Report on vaccination in the Province of Bengal - 1874-1889
Year: 1874
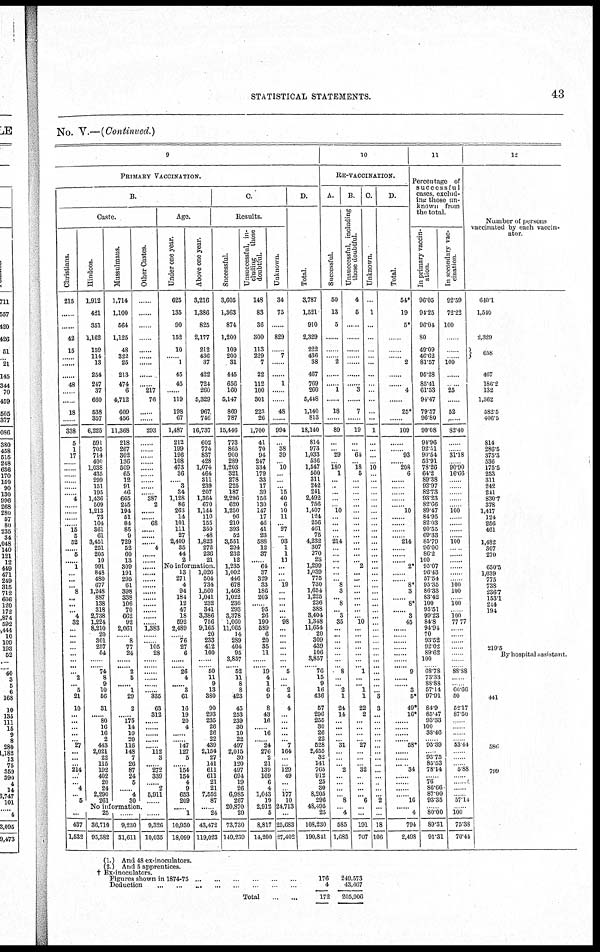
STATISTICAL STATEMENTS.
43
No. V.—(Continued.)
9
PRIMARY VACCINATION.
B.
Caste.
Christians.
215
......
42
15
......
......
......
48
......
......
18
......
338
5
1
17
......
......
...... ......
......
......
4
......
......
......
...... 15
5
52
...... 5
...... 1
...
...
... 8
...
...
... 4
32
...
...
...
...
...
...
...
... 2
... 5
21
10
...
...
...
...
... 27
...
...
...
214
...
... 4
... 5
... ...
437
1,532
Hindoos.
1,912
421
351
1,162
159
114
13
254
247
37
660
538
357
6,225
591
705
714
400
1,038
435
299
151
195
1,436
509
1,218
73
104
361
61
3,451
251
205
10
991
848
480
677
1,248
887
138
318
2,738
1,224
8,210
20
801
257
54
......
...... 74
8
9
10
56
31
...... 80
16
16
2
443
2,021
22
115
192
402
20
24
2,290
261
Mussulmans.
1,714
1,100
564
1,125
48
322
25
213
474
6
4,712
609
456
11,368
218
267
302
136
509
65
12
91
46
665
245
194
51
84
85
9
729
52
60
13
309
191
295
61
398
338
106
70
662
92
2,061
... 8
77
24
......
...... 2
5
...... 1
29
2
...... 175
14
10
20
116
148
7
26
87
24
5
...... 4
30
Other Castes.
......
......
......
......
......
......
...... 217
76
......
......
293
......
......
......
......
......
......
......
......
...... 387
2
......
...... 68
......
......
...... 4
......
......
......
......
......
......
......
......
......
......
......
...... 1,383
......
...... 105
28
......
......
......
......
......
...... 335
63
312
......
......
......
...... ...... 112
3
...... 272
339
...... 2
6,911
......
No information
25
36,710
95,382
...
9,230
31,611
9,326
10,035
Age.
Under one year.
625
135
90
152
10
...... 1
45
45
......
119
198
67
1,487
212
199
196
108
473
36
...... 8
34
1,128
86
263
14
101
111
27
2,409
35
44
2
Above one year.
3,216
1,386
825
2,177
212
436
37
422
724
260
5,329
967
746
16,737
602
774
837
428
1,074
464
311
239
207
1,364
670
1,144
110
155
350
48
1,823
272
226
21
No information.
13
271
4
94
184
12
47
18
592
2,489
...... 76
27
6
......
...... 26
4
...... 3
61
16
19
20
4
......
...... 147
127
5
...... 154
154
4
9
653
209
...... 1
10,930
18,099
1,026
504
734
1,560
1,041
232
341
3,386
756
9,165
20
233
412
100
......
...... 50 11
9
13
380
90
293
235
26
26
22
439
2,154
27
141
611
611
21
21
7,552
87
... 24
43,472
119,023
C.
Results.
Successful.
3,605
1,363
874
1,200
109
200
31
445
656
160
5,147
869
787
15,446
773
865
900
289
1,203
321
278
225
187
2,290
620
1,250
96
210
393
52
8,551
294
232
12
1,235
1,003
446
678
1,468
1,022
236
293
3,878
1,060
11,065
14
289
404
95
8,857
...... 52
11
8
8
423
45
253
239
30
10
22
497
2,015
30
120
497
694
19
26
6,985
267
20,870
20
73,730
149,239
Unsuccessful, in-
cluding
those
doubtful.
148
83
36
300
113
229
7
22
112
100
301
223
26
1,700
41
70
94
247
334
179
33
17
39
156
130
147
17
46
41
23
588
12
37
... 64
37
329
33
186
203
... 95
26
190
589
6
20
35
11
......
...... 19
4
1
6
9
8
43
16
... 16
... 24
276
2
21
139
169
6
4
1,043
19
2,912
5
8,817
14,200
Unknown.
34
75
......
829
......
7
......
......
1
......
......
48
994
......
38
39
...... 10
......
......
...... 15
40
6
10
11
... 27
... 93
1
1
11
...
...
... 19
...
...
...
...
... 98
...
...
...
...
...
...
... 5
...
... 2
4
4
...
...
...
...
... 7
164
...
... 129
49
...
... 177
10
24,713
...
25,683
27,402
D.
Total.
3,787
1,521
910
2,329
222
436
38
467
769
260
5,448
1,140
813
18,140
814
973
1,033
536
1,547
500
311
242
241
2,492
756
1,407
124
256
461
75
4,232
307
270
23
1,299
1,039
775
730
1,654
1,225
236
388
3,404
1,848
11,654
20
309
439
106
3,857
...... 76
15
9
16
436
57
296
255
30
26
22
528
2,455
32
141
765
912
25
30
8,205
296
48,495
25
108,230
190,841
10
RE-VACCINATION.
A.
Successful.
50
13
5
......
......
...... 2
......
...... 1
......
18
......
89
......
...... 29
......
180
1
...
...
...
...
... 10
...
...
...
... 214
...
...
...
...
...
... 8
3
... 8
... 3
35
...
...
...
...
...
...
... 8
...
... 2
1
24
14
...
...
...
... 31
...
... ... 2
...
...
...
... 8
... 4
585
1,085
B.
Unsuccessful,including
those doubtful.
4
5
......
......
......
......
......
......
...... 3
......
7
......
19
......
...... 64
......
18 5
...
...
...
...
...
...
...
...
...
...
...
...
...
... 2
...
...
...
...
...
...
...
... 10
...
...
...
...
...
...
... 1
...
... 1
1
22
2
...
... ...
... 27
...
...
... 32
...
... ...
... 6
...
...
191
707
C.
Unknown.
...
1
...
...
...
...
...
...
......
......
......
......
......
1
......
......
......
...... 10
......
......
......
......
......
...
...
...
...
...
...
...
...
...
...
...
...
...
...
...
...
...
...
...
...
...
...
...
...
...
...
...
...
...
...
... 3
3
... ...
...
...
... ...
...
...
...
...
...
...
... ...
2
...
...
18
106
D.
Total.
54*
19
5*
......
......
...... 2
......
...... 4
......
25*
......
109
......
...... 93
...... 208
6
...... ......
......
...... ...... 10
......
......
......
...... 214
......
......
...... 2*
......
...... 8*
3
...... 8*
...... 3
45
......
......
......
......
.
...... 9
......
...... 3
5*
49*
16*
......
......
......
...... 58*
......
......
...... 34
......
...... ......
...... l6
...... 4
794
2,498
11
Percentage of
successful
cases, exclud-
--- those un-
known from
the total.
In primary vaccin-
ation.
96.05
94.25
96.04
80
49.09
46.62
81.57
95.28
85.41
61.53
94.47
79.57
96.80
90.08
94.96
92.51
90.54
53.91
78.26
64.2
89.38
93.97
82.73
93.23
82.66
89.47
84.95
82.03
90.55
69.33
85.79
96.00
86.2
100
95.07
96.43
57.54
95.35
86.33
83.42
100
95.51
99.23
84.8
94.94
70
93.52
92.02
89.62
100
. 68.78
73.33
88.88
57.14
97.91
84.9
85.47
93.33
100
38.46
... 95.39
... 93.75
85.53
78.14
... 76
86.66
87.00
93.35
... 80.00
89.31
91.31
In secondary vac-
cination.
92.59
72.22
100
...
...
... 100
...
... 25
....
52
...
82.40
...
... 31.18
... 90.90
16.66
...
...
...
...
... 100
...
...
...
... 100
...
...
... ...
...
... 100
100
... 100
... 100
77.77
...
...
... ...
...
...
... 88.88
...
... 66.66
50
52.17
87.50
...
...
...
... 53.44
...
...
... 5.88
...
0
...
... 57.14
... 100
75.38
70.44
12
Number of persons
vaccinated by each vaccin-
ator.
6401
1,540
...
2,329
658
407
186.2
132
1,362
582.5
406.5
814
286.5
375.3
536
175.5
253
311
242
241
830.7
378
1,417
124
256
461
... 1,482
307
270
... 650.5
1,039
775
738
23.67
153.1
244
194
...
...
...
...
... 219.5
By hospital assistant.
441
580
799
(1.) And 48 ex-inoculators.
(2.) And 5 apprentices.
† Ex-inoculators.
Figures shown in 1874-75
...
...
...
...
...
...
Seduction
...
...
...
...
...
...
...
...
Total
...
...
176
4
172
249,573
43,667
205,906